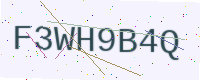
Text: F3WH9B4Q